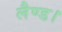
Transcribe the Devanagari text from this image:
लैण्ड।